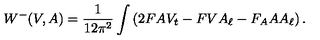
W ^ { - } ( V , A ) = \frac { 1 } { 1 2 \pi ^ { 2 } } \int \left( 2 F A V _ { t } - F V A _ { \ell } - F _ { A } A A _ { \ell } \right) .